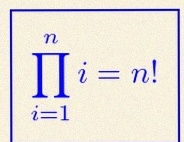
\prod_{i=1}^{n}i=n!